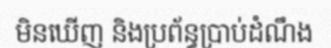
មិនឃើញ និងប្រព័ន្ធប្រាប់ដំណឹង